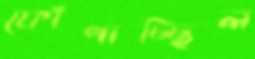
ফোঁপাচ্ছিল